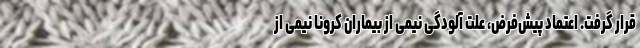
قرار گرفت. اعتماد پیش‌فرض، علت آلودگی نیمی از بیماران کرونا نیمی از